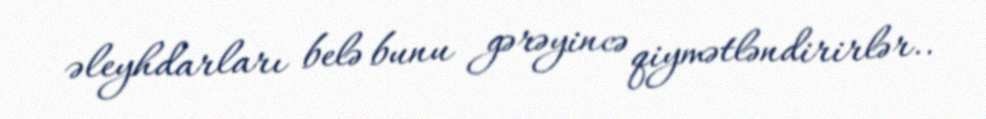
əleyhdarları belə bunu gərəyincə qiymətləndirirlər..